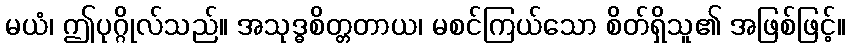
မယံ၊ ဤပုဂ္ဂိုလ်သည်။ အသုဒ္ဓစိတ္တတာယ၊ မစင်ကြယ်သော စိတ်ရှိသူ၏ အဖြစ်ဖြင့်။